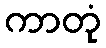
ကာတုံ